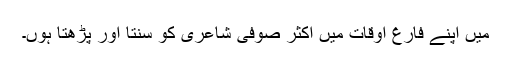
میں اپنے فارغ اوقات میں اکثر صوفی شاعری کو سنتا اور پڑھتا ہوں۔